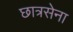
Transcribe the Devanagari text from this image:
छात्रसेना